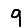
Digit: 9